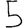
Digit: 5